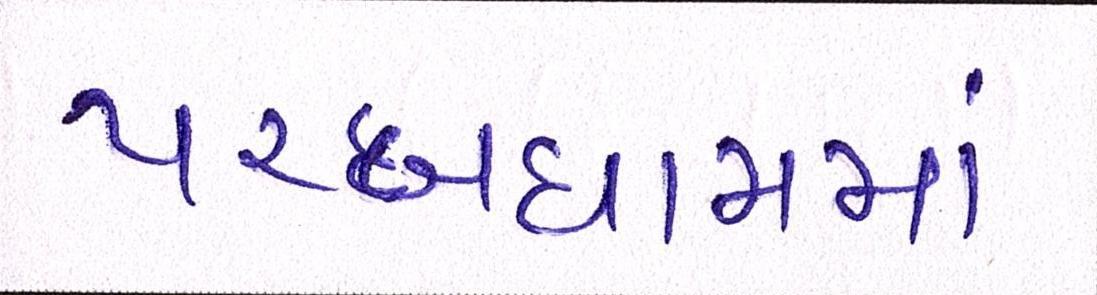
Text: પરબધામમાં